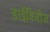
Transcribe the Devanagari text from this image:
डाईकिरीज